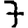
Digit: 7